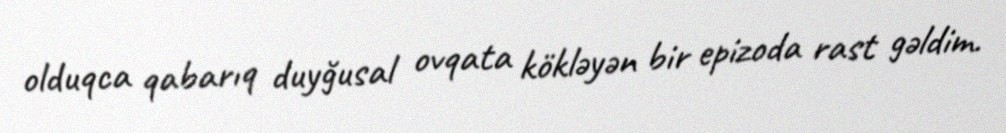
olduqca qabarıq duyğusal ovqata kökləyən bir epizoda rast gəldim.